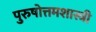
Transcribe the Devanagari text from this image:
पुरुषोत्तमशास्त्री